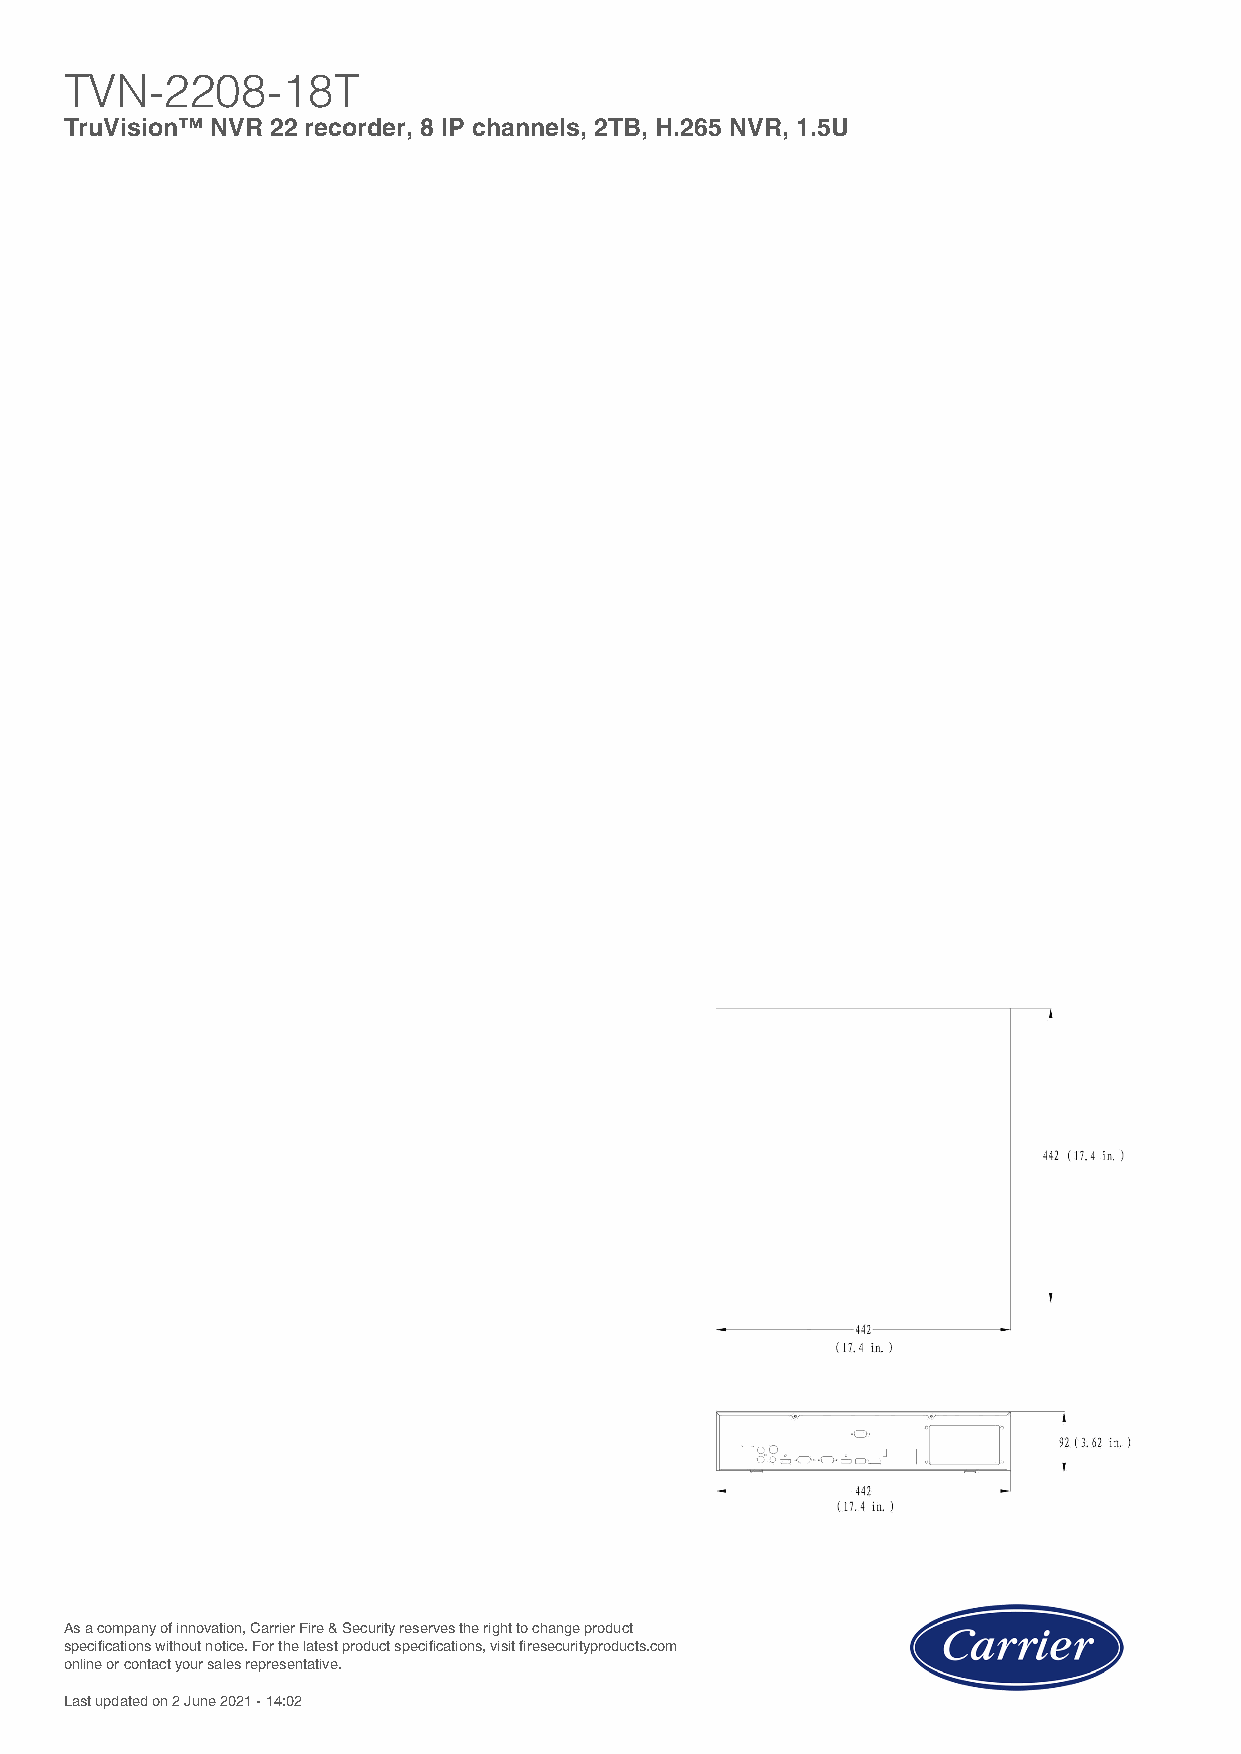
TVN-2208-18T
 TruVision™ NVR 22 recorder, 8 IP channels, 2TB, H.265 NVR, 1.5U
 As a company of innovation, Carrier Fire & Security reserves the right to change product
 specifications without notice. For the latest product specifications, visit firesecurityproducts.com
 online or contact your sales representative.
 Last updated on 2 June 2021 - 14:02
 Powered by TCPDF (www.tcpdf.org)